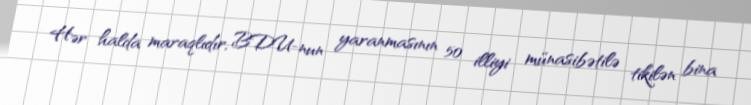
Hər halda maraqlıdır, BDU-nun yaranmasının 50 illiyi münasibətilə tikilən bina